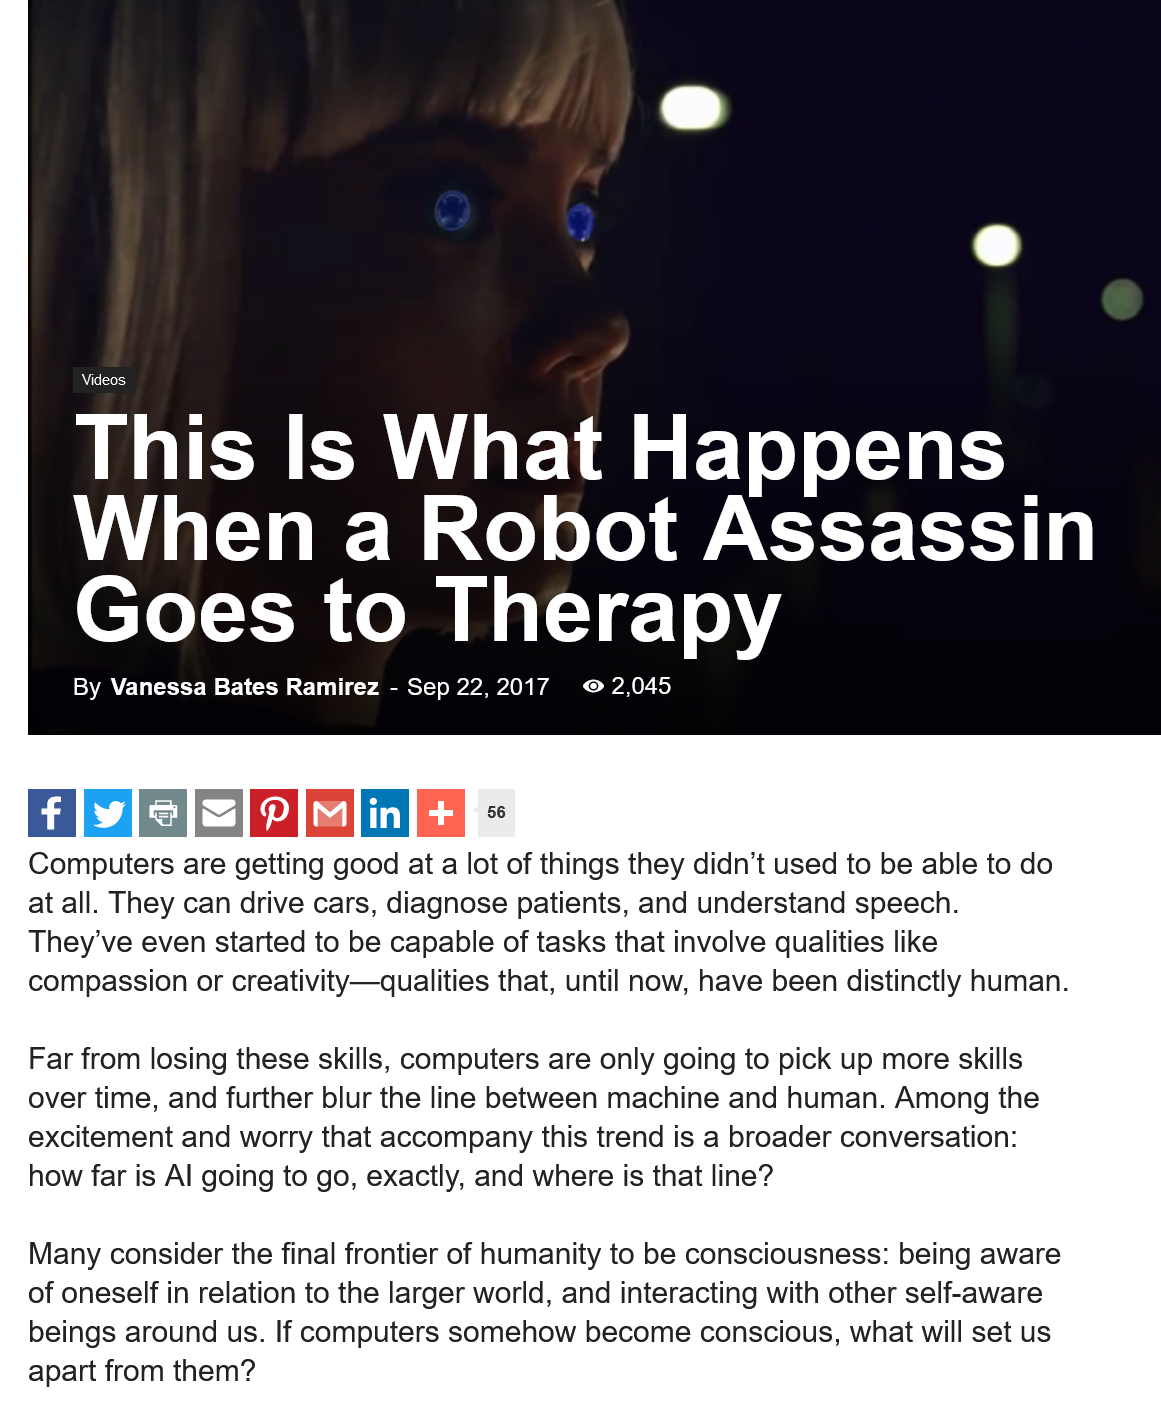
Niles
     This    Is    What    Happens
     When    a    Robot    Assassin
     Goes    to    Therapy
     By Vanessa Bates Ramirez
     - Sep 22,2017 © 2,045
     This    Is    What    Happens
     When    a    Robot    Assassin
     Goes    to    Therapy
     By Vanessa Bates Ramirez
     - Sep 22, 2017 Va Oy bey
     Aree’
     56
  Computers  are getting good at
  a
     lot  of things they didn’t used to be able to do
  at all. They can drive cars, diagnose patients, and understand speech.
  They've even started to be capable of tasks that involve qualities like
  compassion or creativity—qualities that, until now, have been distinctly human.
   Far from losing these skills, computers are only going to pick up more skills
  over time, and further blur the line between machine and human. Among the
  excitement and worry that accompany this trend is a broader conversation:
   how far is Al going to go, exactly, and where is that line?
   Many consider the final frontier of humanity to be consciousness: being aware
  of oneself in relation to the larger world, and interacting with other self-aware
   beings around us. If computers somehow become conscious, what will set us
  apart from them?